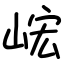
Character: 峵